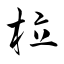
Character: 柆